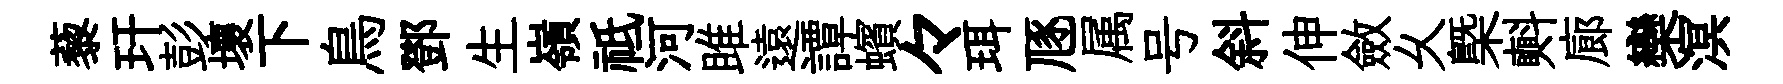
藜玕彭壞下鳥鄧生嶺祗河雎遠譚蠙々珥豗属号斜伸斂乆槩㪺廊欒溟